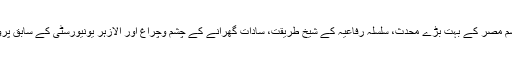
ڈاکٹر احمد عمر ہاشم مصر کے بہت بڑے محدث، سلسلہ رفاعیہ کے شیخ طریقت، سادات گھرانے کے چشم وچراغ اور الازہر یونیورسٹی کے سابق پرو وائس چانسلر ہیں۔